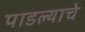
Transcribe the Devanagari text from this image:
पाडल्याचे